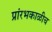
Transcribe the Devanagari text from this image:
प्रांरभकाळीच